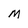
Character: M